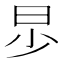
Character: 𣌤